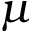
\mu